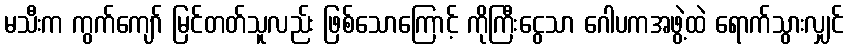
မသီးက ကွက်ကျော် မြင်တတ်သူလည်း ဖြစ်သောကြောင့် ကိုကြီးငွေသာ ဂေါပကအဖွဲ့ထဲ ရောက်သွားလျှင်